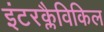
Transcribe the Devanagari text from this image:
इंटरक्लैविकिल